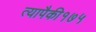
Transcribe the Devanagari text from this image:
त्यापैकी१७५